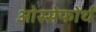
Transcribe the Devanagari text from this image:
ओस्सेफोर्थ